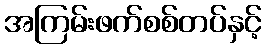
အကြမ်းဖက်စစ်တပ်နှင့်